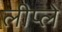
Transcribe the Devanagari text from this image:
लीप्ले